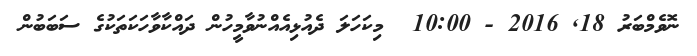
ނޮވެމްބަރު 18